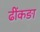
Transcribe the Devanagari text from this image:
ढींकङा